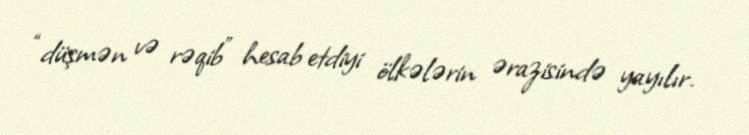
“düşmən və rəqib” hesab etdiyi ölkələrin ərazisində yayılır.